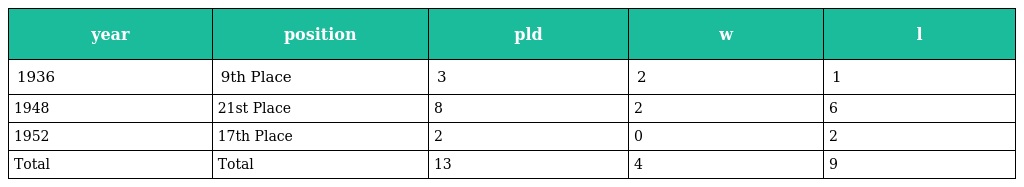
| year | position | pld | w | l |
 | --- | --- | --- | --- | --- |
 | 1936 | 9th Place | 3 | 2 | 1 |
 | 1948 | 21st Place | 8 | 2 | 6 |
 | 1952 | 17th Place | 2 | 0 | 2 |
 | Total | Total | 13 | 4 | 9 |